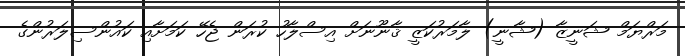
މަރްޔަމް ޝަނީޒާ (ޝާނީ) ލާމަރުކަޒީ ޤާނޫނަށް އިސްލާހު ކުރަން ޖެހޭ ކަމަށާއި ކައުންސިލަރުންގެ